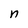
Character: n